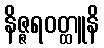
နိဇ္ဇရဝတ္ထူနိ